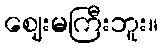
ဈေးမကြီးဘူး။